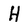
Character: H